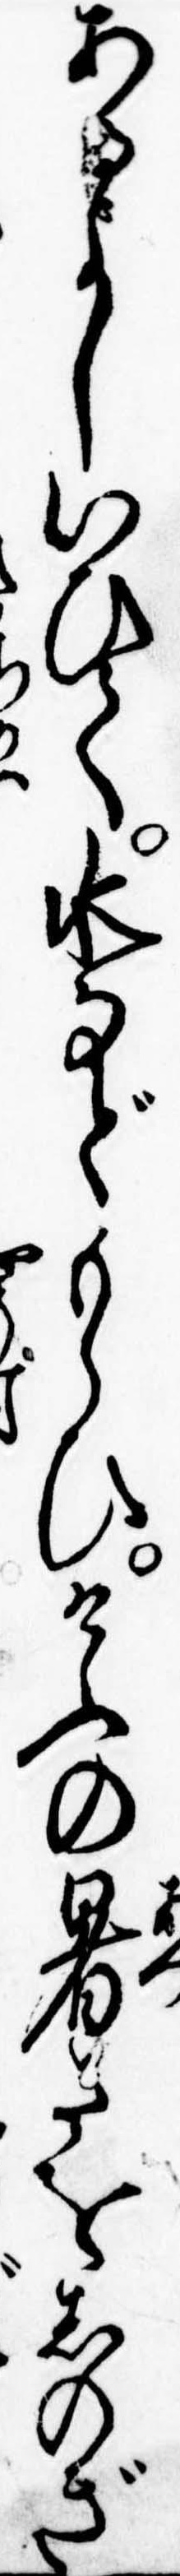
あるよしいひて水などもらひけふの暑さをしのぎ